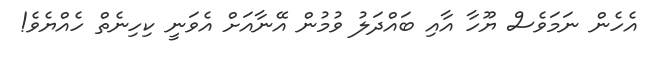
އެހެން ނަމަވެސް ޔޫހާ އާއި ބައްދަލު ވުމުން އޭނާއަށް އެވަނީ ކިހިނެތް ހެއްޔެވެ!